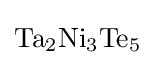
{\ce {Ta2Ni3Te5}}